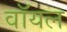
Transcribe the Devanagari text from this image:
वॉयल